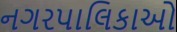
નગરપાલિકાઓ